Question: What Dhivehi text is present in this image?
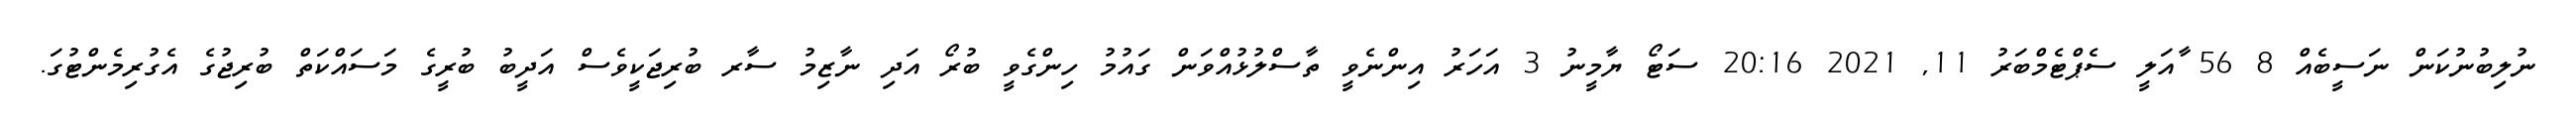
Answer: ނުލިބުނުކަން ނަސީބެއް 8 56 ާއަލީ ސެޕްޓެމްބަރު 11, 2021 20:16 ސަޓޯ ޔާމީނު 3 އަހަރު އިންނެވީ ތާސްލުޅުއްވަން ގައުމު ހިންގެވީ ބުރޯ އަދި ނާޒިމު ސާރ ބުރިޖަކީވެސް އަދީބު ބުރީގެ މަސައްކަތް ބުރިޖުގެ އެގުރިމެންޓުގަ.